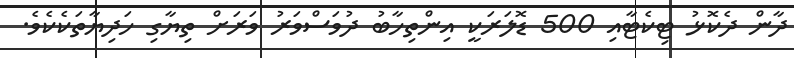
ދާން ދެކޮޅު ޓިކެޓާއި 500 ޑޮލަރަކީ އިންތިހާބު ދުވަސްވަރު ވަރަށް ތިޔާގި ހަދިޔާތަކެކެވެ.